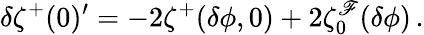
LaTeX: \delta\zeta^{+}(0)^{\prime}=-2\zeta^{+}(\delta\phi,0)+2\zeta_{0}^{\mathscr{F}}(\delta\phi)\, .